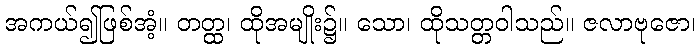
အကယ်၍ဖြစ်အံ့။ တတ္ထ၊ ထိုအမျိုး၌။ သော၊ ထိုသတ္တဝါသည်။ ဇလာဗုဇော၊